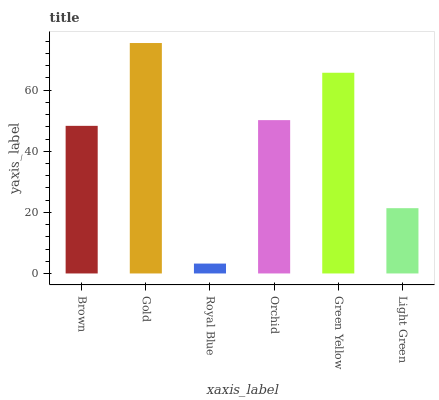
| xaxis_label | bars |
 | --- | --- |
 | Brown | 48.3 |
 | Gold | 75.4 |
 | Royal Blue | 3.24 |
 | Orchid | 50.2 |
 | Green Yellow | 65.7 |
 | Light Green | 21.4 |